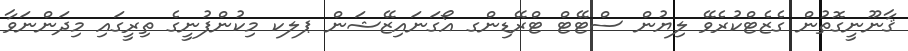
ޤާނޫނީގޮތުން ގެޒެޓްކުރެވޭ ލިޔުން ސްޓޭޓް ޓްރޭޑިންގ އޯގަނައިޒޭޝަން ޕލކ މިކުންފުނީގެ ތިރީގައި މިދަންނަވާ